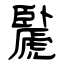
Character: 䖙